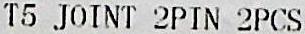
T5 JOINT 2PIN 2PCS